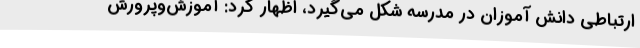
ارتباطی دانش آموزان در مدرسه شکل می‌گیرد، اظهار کرد: آموزش‌وپرورش